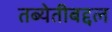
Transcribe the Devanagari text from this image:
तब्येतीबद्दल